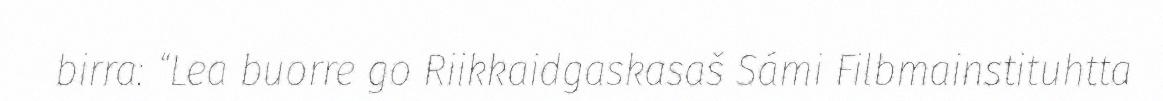
birra: “Lea buorre go Riikkaidgaskasaš Sámi Filbmainstituhtta